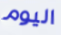
اليوم